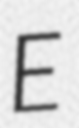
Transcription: E